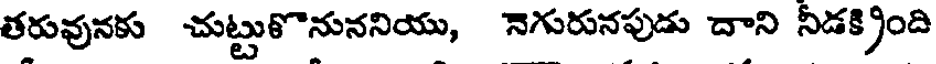
తరువునకు చుట్టుకొనుననియు, నెగురునపుడు దాని నీడక్రింది